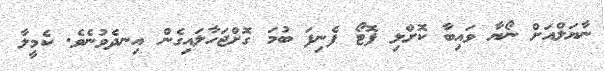
ނާޔަލްއަށް ނޯޔާ ވައިބާ ކޮށްލި ފޮޓޯ ފެނިފަ ބުމަ ގޮށްޖަހާލައިގެން އިނދެވުނެވެ. ކެމީލާ